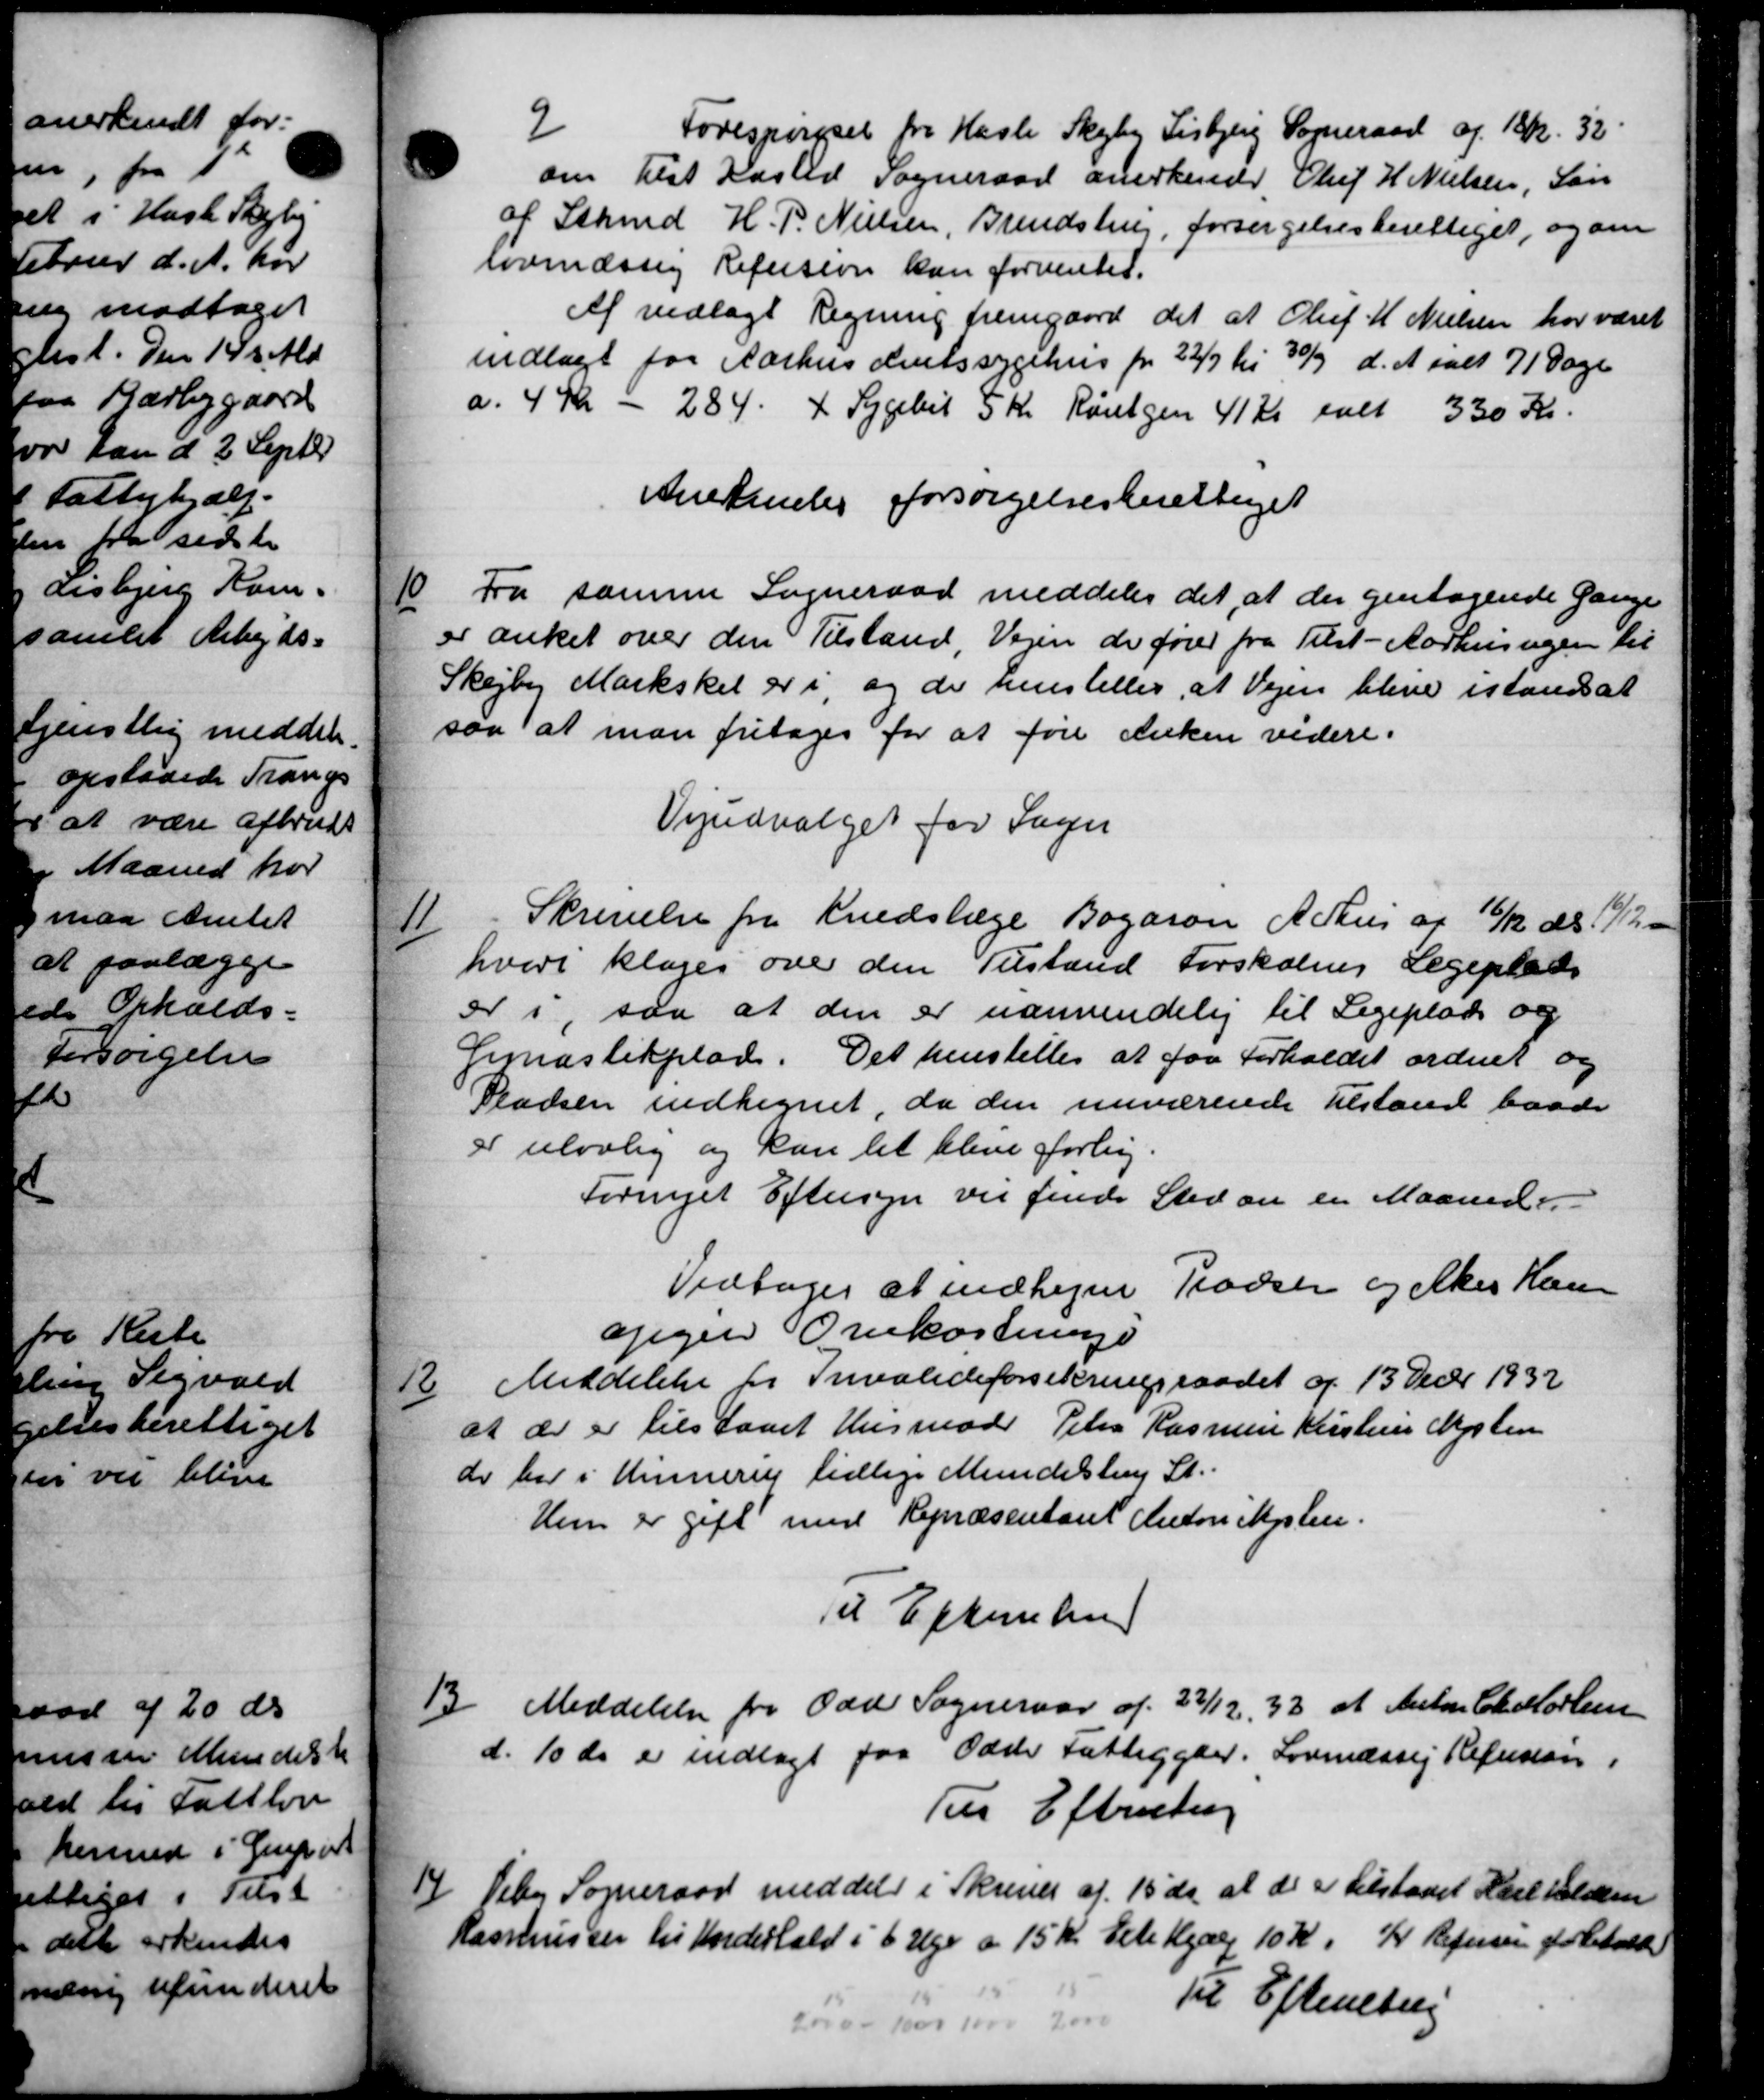
Transskription:
9
Forespørgsel fra Hasle Skejby Lisbjerg Sogneraad af 18. 32
om tilst Kasted Sogneraad anerkender Oluf H. Nielsen, Søn
af Sthmd H. P. Nielsen, Brendstrup, forsørgelsesberettiget, og om
lovmæssig Refusion kan forventet.
Af vedlagt Regning fremgaard det at Oluf M. Nielsen har været
indlagt for Aarhus Amtssygehus pr. 22/7 til 30/9 d. A. ialt 71 Dage
a. 4 Kr - 284 + Sygebil 5 Kr Røntgen 41 Kr ialt 330 Kr.
Anerkendes forsørgelsesberettiget
10
Fra samme Sogneraad meddeles det, at der gentagende Gange
er anket over den Tilstand, Vejen de fører fra Tilst - Aarhusvejen til
Skejby Markskel er i, og de henstiller, at Vejen blive istaaes at
saa at man fritages for at føre Enken videre.
Vejudvalget for Sager
11
Skrivelse fra Kredslæge Bogaron Arhus af 16/12 ds 19/12
hvori klages over den Tilstand Forskolens Legeplads
er i, saa at den er nanvendelig til Legeplads og
Gemnastikplad. Det henstilles at faa Forholdet ordnet og
Pladsen indhegnet, da den nuværende Tilstand baade
er ulovlig og kan let blive forlig.
Fornyet Eftersyn vil finde Sted en en Maaned.
Vedtoges at indhegne Pladsen og ekes Kom
afgive Omkostnings
12
Meddelelse for Invalideforsikringsraadet af 13 Debr 1932
at der er tilstaaet Husmode Peter Rasmus Kristens Nysten
do her i Minnerup tidlige Mundestrup St.
Hun er gift med Repræsentant Anton Kysten.
Til Efterretning
13
Meddelelse fra Odd Sogneraad af 22/12 33 at Anton Ch Movlsen
d. 10 ds er indlagt paa Odens Fattiggaar. Lovmæssig Refusion i
Til Efterretning
14
Viby Sogneraad meddeler i Skrives af 15' ds. at de er tilstaaet Kalholden
asmussen til Underhold i 6 Uge a 15 Kr. Alle Hjælp 10 Kr. K. Refusen forbeholde
Til Efterretning
  1000 Kr. 2000